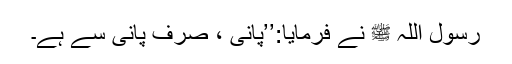
رسول اللہ ﷺ نے فرمایا:’’پانی ، صرف پانی سے ہے۔